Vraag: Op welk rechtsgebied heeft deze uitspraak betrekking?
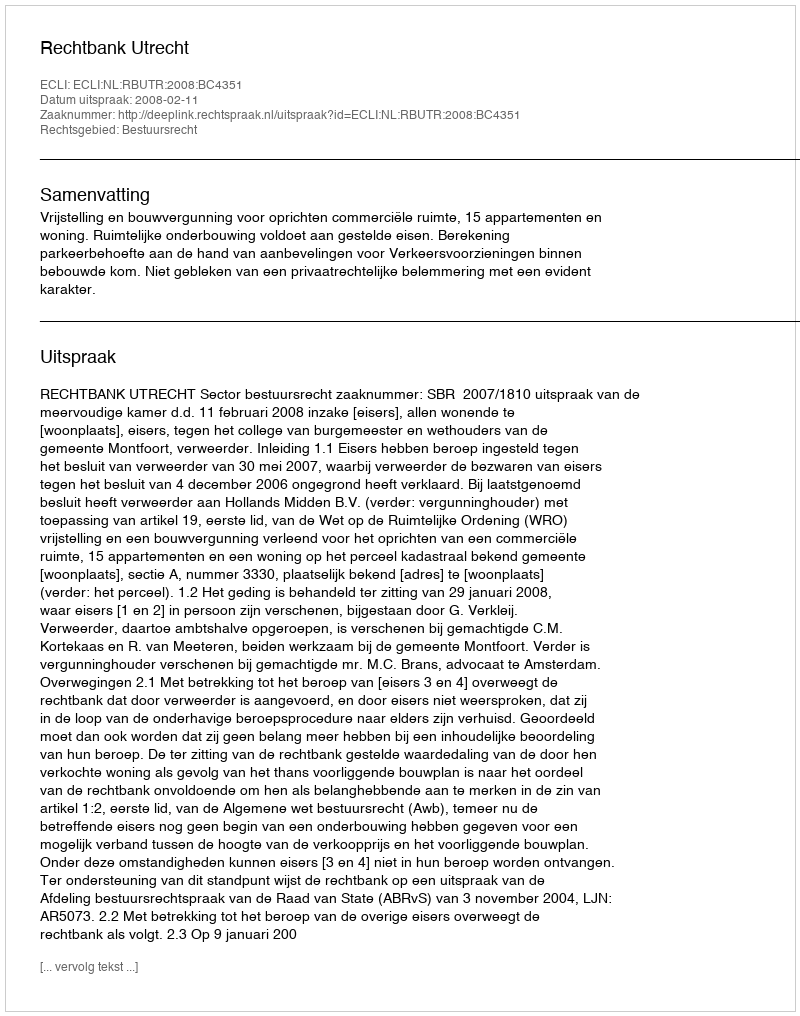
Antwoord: Bestuursrecht